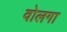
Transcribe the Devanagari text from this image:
वोलगा